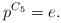
LaTeX: \begin{align*}p^{C_5}=e.\end{align*}